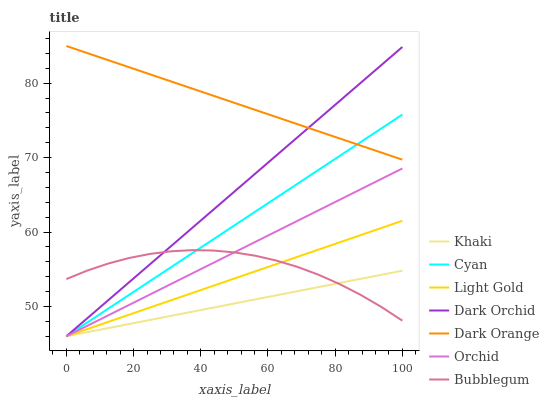
| xaxis_label | Khaki | Cyan | Light Gold | Dark Orchid | Dark Orange | Orchid | Bubblegum |
 | --- | --- | --- | --- | --- | --- | --- | --- |
 | 0 | 46 | 46 | 46 | 46 | 85 | 46 | 53.7 |
 | 6.25 | 46.6 | 47.9 | 47 | 48.4 | 84 | 47.4 | 54.8 |
 | 12.5 | 47.1 | 49.7 | 47.9 | 50.9 | 83.1 | 48.8 | 55.8 |
 | 18.8 | 47.7 | 51.6 | 48.9 | 53.3 | 82.1 | 50.2 | 56.5 |
 | 25 | 48.2 | 53.4 | 49.9 | 55.7 | 81.2 | 51.6 | 57.1 |
 | 31.2 | 48.8 | 55.3 | 50.8 | 58.1 | 80.2 | 53 | 57.4 |
 | 37.5 | 49.3 | 57.2 | 51.8 | 60.6 | 79.3 | 54.5 | 57.6 |
 | 43.8 | 49.9 | 59 | 52.8 | 63 | 78.3 | 55.9 | 57.5 |
 | 50 | 50.4 | 60.9 | 53.8 | 65.4 | 77.4 | 57.3 | 57.3 |
 | 56.2 | 51 | 62.8 | 54.7 | 67.9 | 76.4 | 58.7 | 56.8 |
 | 62.5 | 51.5 | 64.6 | 55.7 | 70.3 | 75.5 | 60.1 | 56.2 |
 | 68.8 | 52.1 | 66.5 | 56.7 | 72.7 | 74.5 | 61.5 | 55.3 |
 | 75 | 52.6 | 68.3 | 57.6 | 75.2 | 73.5 | 62.9 | 54.3 |
 | 81.2 | 53.2 | 70.2 | 58.6 | 77.6 | 72.6 | 64.3 | 53 |
 | 87.5 | 53.7 | 72.1 | 59.6 | 80 | 71.6 | 65.7 | 51.6 |
 | 93.8 | 54.3 | 73.9 | 60.5 | 82.4 | 70.7 | 67.1 | 49.9 |
 | 100 | 54.8 | 75.8 | 61.5 | 84.9 | 69.7 | 68.5 | 48.1 |